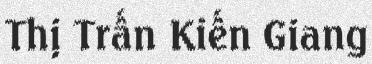
Thị Trấn Kiến Giang